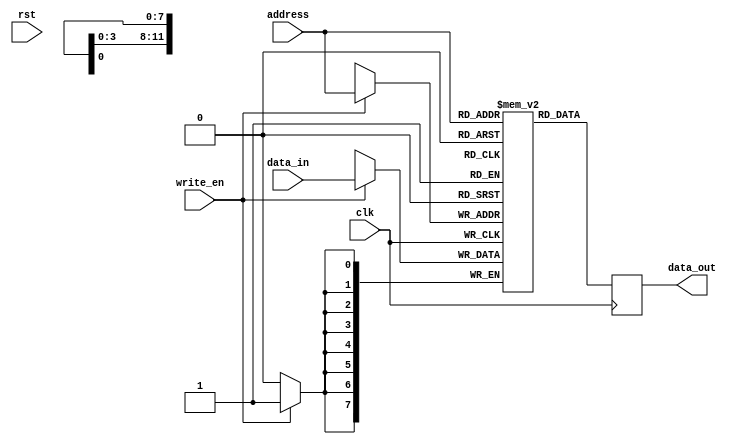
module DDR_SDRAM (
    input wire clk, 
    input wire rst, 
    input wire write_en,
    input wire [7:0] data_in,
    input wire [11:0] address,
    output reg [7:0] data_out
);

reg [7:0] memory [0:4095];

// Address decoding logic

always @ (posedge clk) begin
    if (write_en) begin
        memory[address] <= data_in;
    end
    data_out <= memory[address];
end

endmodule